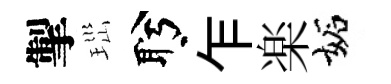
掣𤤼盻乍楽妬